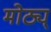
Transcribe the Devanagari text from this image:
मोठ्य्